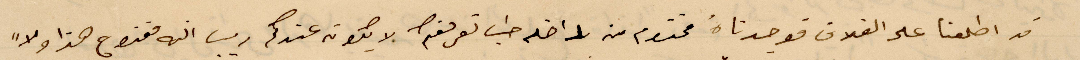
قد اطلعنا على الغلاف  فوجدناه مختو من داخله حب تعرف فقط لا يكون عندكم ريس انه متزوج هذا ولا